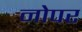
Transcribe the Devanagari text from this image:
नोपर